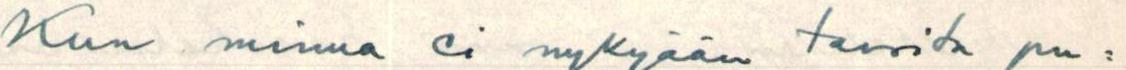
Kun minua ei nykyään tavoita pu=